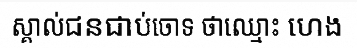
ស្គាល់ជនជាប់ចោទ ថាឈ្មោះ ហេង